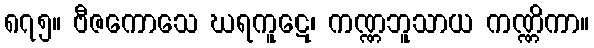
၈၇၅။ ဗီဇကောသေ ဃရကူဋေ၊ ကဏ္ဏဘူသာယ ကဏ္ဏိကာ။